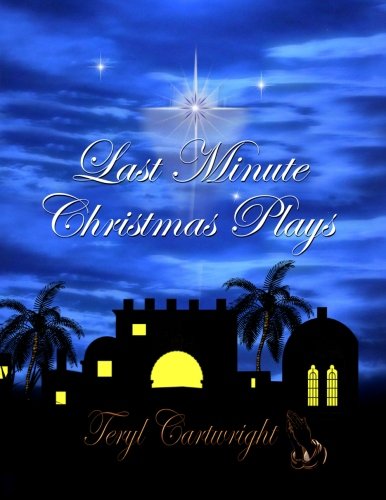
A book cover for Last Minute Christmas Plays; Teryl Cartwright; Literature & Fiction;